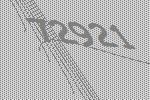
72921